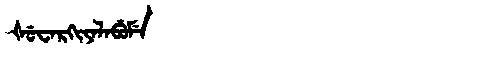
Manchu: ᡧᡠᠸᠠᡵᡴᡳᠶᠠᠯᠠᠪᡠᠮᡝ
Romanization: ŠUWARKIYALABUME